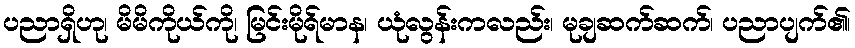
ပညာရှိဟု၊ မိမိကိုယ်ကို၊ မြင်းမိုရ်မာန၊ ယုံလွန်းကလည်း၊ မုချဆက်ဆက်၊ ပညာပျက်၏၊